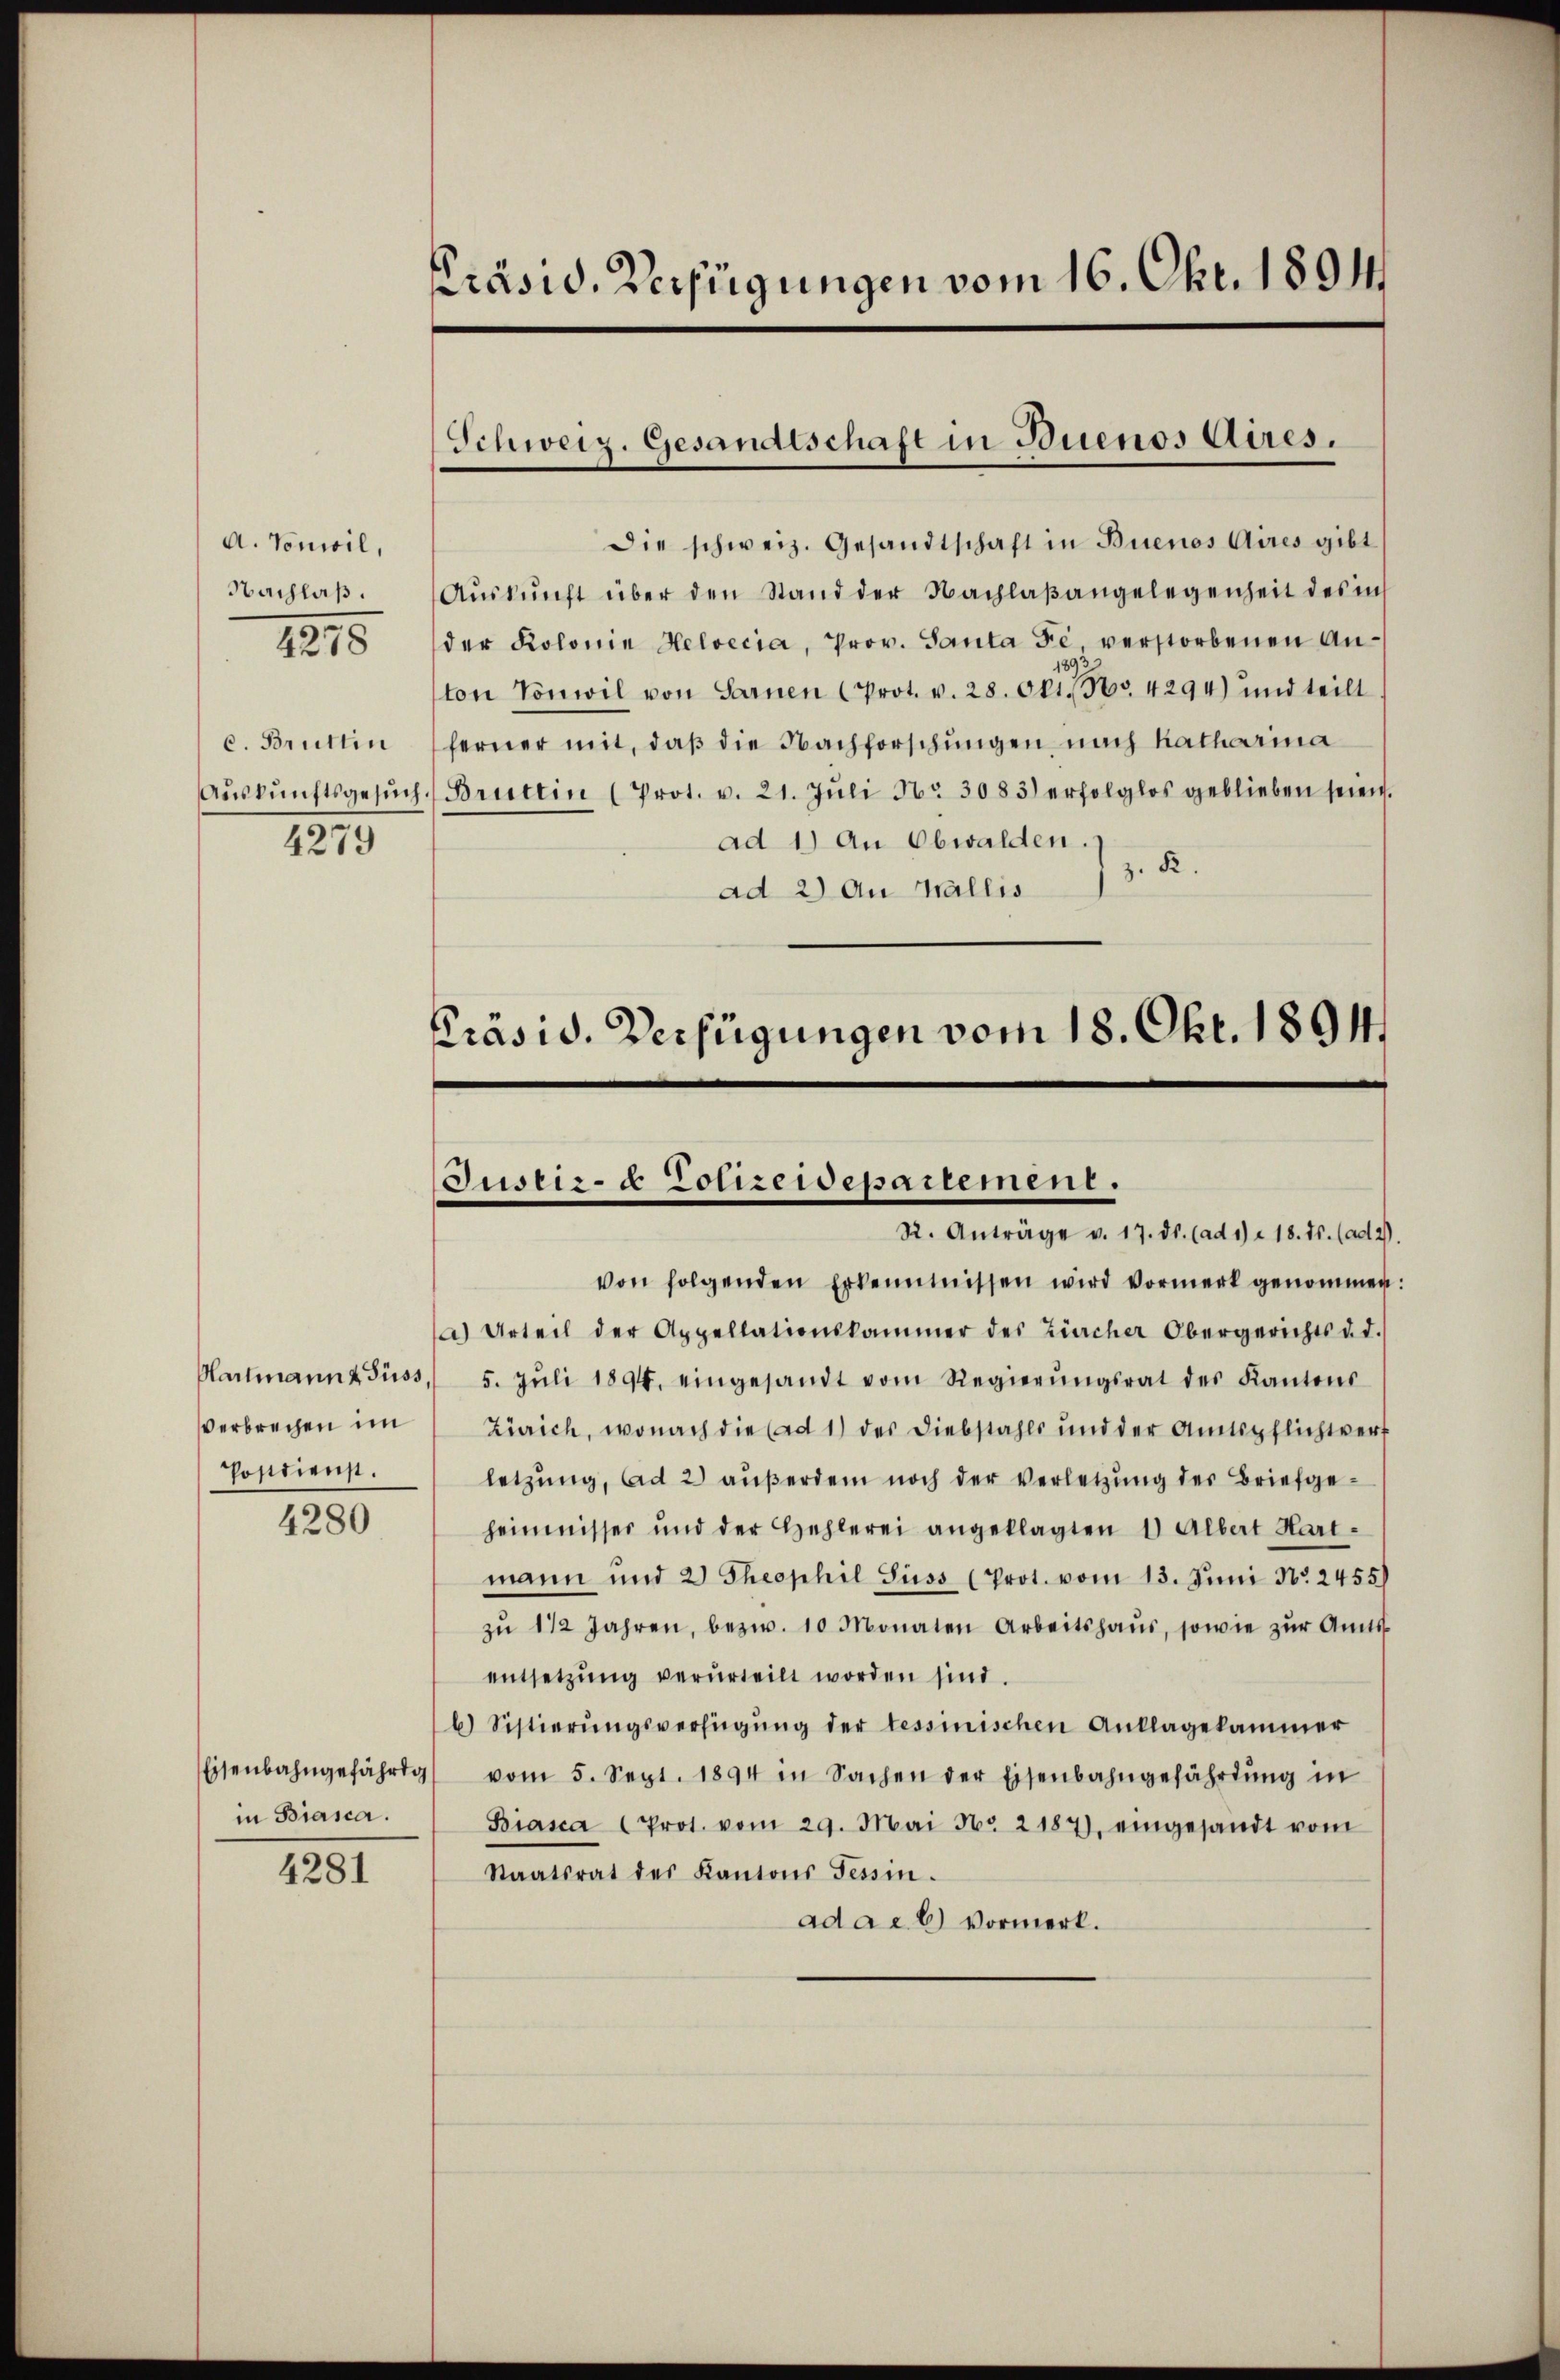
A. Vonwil,
Nachlaß.
1815

c. Bruttin
4279

Hartmann 4 Fuss,
Verbrechen im
Postdienst.
4280

Eisenbahngefährdg
in Biasca.

4281

Präsid. Verfügungen vom 16. Okt. 1894

Schweiz. Gesandtschaft in Buenos Aires.

Die schweiz. Gesandtschaft in Buenos Aires gibt
Aŭskŭnft über den Stand der Nachlaβangelegenheit des in
der Kolonie Helvecia, Prov. Santa Fe verstorbenen Anton Vonwil von Sarnen (Prot. v. 28. Okt. 86. 4294) und teilt
ferner mit, daß die Nachforschungen nach Katharina
Aŭskŭnftsgesŭch, Brüttin (Prot. v. 21. Jŭli Nr. 3083) erfolglos geblieben seien.
ad 1.) An Obwalden. I
z. R.
ad 2) An Wallis
Präsid. Verfügungen vom 18. Okt. 1894

Justiz- & Polizeidepartement.
R. Anträge v. 17. ds. (ad 1) u. 18. ds. (ad 2.

von folgenden Erkenntnissen wird Vormerk genommen:
a) Urteil der Appellationskammer des Zürcher Obergerichts d. d.
5. Jŭli 1894. eingesandt vom Regierŭngsrat des Kantons
Zürich, wonach die (ad 1) des Diebstahls und der Amtspflichtverf
letzung, Ad 2) außerdem noch der Verletzung der Briefgeheimnisser und der Hehlerei angeklagten 1 Albert Hartmann und 2 Theophil Süss (Prot. vom 13. Juni Nr. 2455)
zŭ 1 1/2 Jahren, bezw. 10 Monaten Arbeitshaŭs, sowie zŭr Amts
entsetzŭng verurteilt worden sind.
b) Sistierŭngsverfügŭng der tessinischen Anklagekammer
vom 5. Sept. 1894 in Sachen der Eisenbahngefährtŭng in
Biasca (Prot. vom 29. Mai N. 2187), eingesandt vom
Staatsrat des Kantons Tessin.
ad ac b) Vormerk.